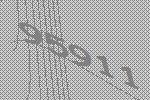
95911